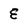
Character: E